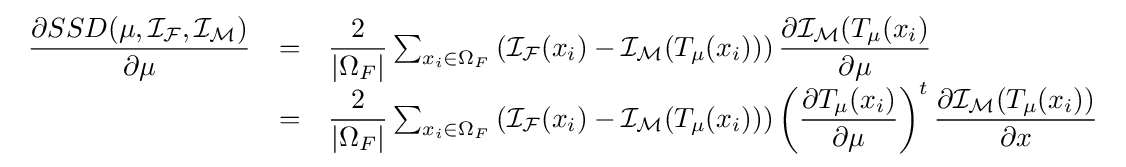
{\begin{array}{lcl}{\dfrac {\partial SSD(\mu ,{\mathcal {I_{F}}},{\mathcal {I_{M}}})}{\partial \mu }}&=&{\dfrac {2}{\left|\Omega _{F}\right|}}\sum _{x_{i}\in \Omega _{F}}\left({\mathcal {I_{F}}}(x_{i})-{\mathcal {I_{M}}}({T}_{\mu }(x_{i}))\right){\dfrac {\partial {\mathcal {I_{M}}}({T}_{\mu }(x_{i})}{\partial \mu }}\\&=&{\dfrac {2}{\left|\Omega _{F}\right|}}\sum _{x_{i}\in \Omega _{F}}\left({\mathcal {I_{F}}}(x_{i})-{\mathcal {I_{M}}}({T}_{\mu }(x_{i}))\right)\left({\dfrac {\partial {T}_{\mu }(x_{i})}{\partial \mu }}\right)^{t}{\dfrac {\partial {\mathcal {I_{M}}}({T}_{\mu }(x_{i}))}{\partial x}}\\\end{array}}